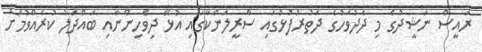
ރައީސް ނަޝީދުގެ މި ދެދުވަހުގެ ދަތުރުފުޅުގައި ސްރީލަންކާގައި އުޅޭ ދިވެހިންނާއި ބައްދަލު ކުރެއްވުމަށް